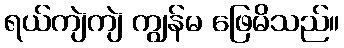
ရယ်ကျဲကျဲ ကျွန်မ ဖြေမိသည်။